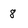
Character: 8